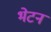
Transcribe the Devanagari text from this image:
भेटन